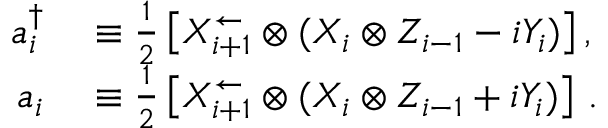
\begin{array} { r l } { a _ { i } ^ { \dagger } } & { { } \equiv \frac { 1 } { 2 } \left[ X _ { i + 1 } ^ { \leftarrow } \otimes ( X _ { i } \otimes Z _ { i - 1 } - i Y _ { i } ) \right] , } \\ { a _ { i } } & { { } \equiv \frac { 1 } { 2 } \left[ X _ { i + 1 } ^ { \leftarrow } \otimes ( X _ { i } \otimes Z _ { i - 1 } + i Y _ { i } ) \right] \, . } \end{array}